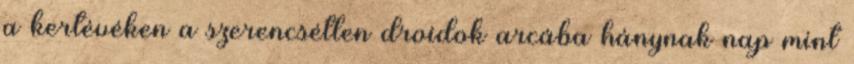
a kertévéken a szerencsétlen droidok arcába hánynak nap mint